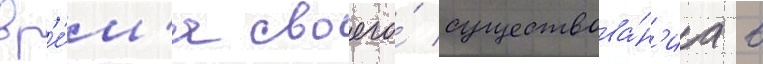
вр'е́м'я своего́ существова́н'иа в